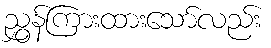
ညွှန်ကြားထားသော်လည်း